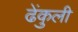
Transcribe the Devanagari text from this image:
ढेंकुली